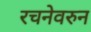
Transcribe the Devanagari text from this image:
रचनेवरुन